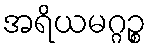
အရိယမဂ္ဂဉ္စ